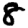
Digit: 8